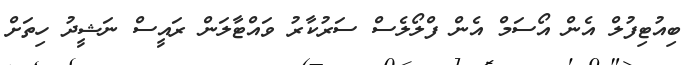
ބިއުޓިފުލް އެން އޯސަމް އެން ފްލޯލެސް ސަރުކާރު ވައްޓާލަން ރައީސް ނަޝީދު ހިތަށް